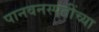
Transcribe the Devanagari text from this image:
पानवनस्पतींच्या